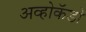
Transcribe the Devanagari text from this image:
अव्होकॅडो